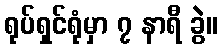
ရုပ်ရှင်ရုံမှာ ၇ နာရီ ခွဲ။